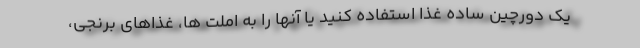
یک دورچین ساده غذا استفاده کنید یا آنها را به املت ها، غذاهای برنجی،